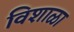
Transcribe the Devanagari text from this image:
विशाळा